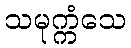
သမုက္ကံသေ